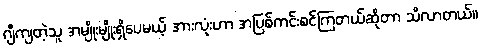
ဂျီကျတဲ့သူ အမျိုးမျိုးရှိပေမယ့် အားလုံးဟာ အပြစ်ကင်းစင်ကြတယ်ဆိုတာ သိလာတယ်။